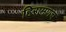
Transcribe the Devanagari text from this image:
हिरामणच